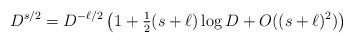
LaTeX: \begin{align*} D^{s/2}= D^{-\ell/2} \left(1+\tfrac{1}{2}(s+\ell)\log D + O((s+\ell)^2)\right)\end{align*}